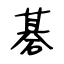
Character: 碁